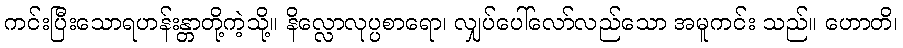
ကင်းပြီးသောရဟန်းန္တာတို့ကဲ့သို့။ နိလ္လောလုပ္ပစာရော၊ လျှပ်ပေါ်လော်လည်သော အမူကင်း သည်။ ဟောတိ၊